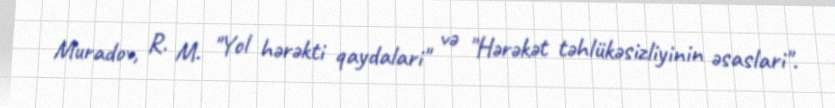
Muradov, R. M. "Yol hərəkti qaydalari" və "Hərəkət təhlükəsizliyinin əsaslari".